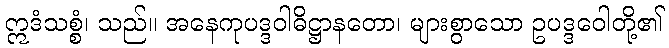
ဣဒံသစ္စံ၊ သည်။ အနေကုပဒ္ဒဝါဓိဋ္ဌာနတော၊ များစွာသော ဥပဒ္ဒဝေါတို့၏